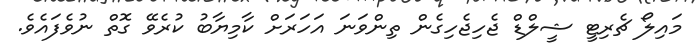
މައިލޯ ޗެރިޓީ ޝީލްޑް ޖެހިޖެހިގެން ތިންވަނަ އަހަރަށް ކާމިޔާބު ކުރެވޭ ގޮތް ނުވެފައެވެ.